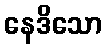
နေဒိသော